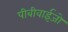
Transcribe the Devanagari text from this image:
पीबीवाईजो